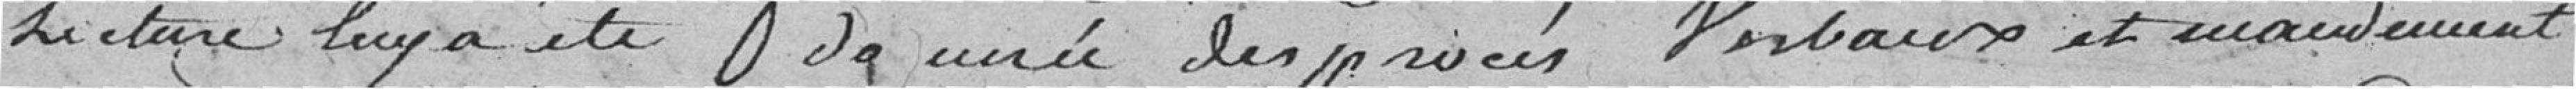
Lecture leur a été donnée des procès Verbaux et mandement